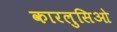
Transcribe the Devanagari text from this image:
कारलुसिओ